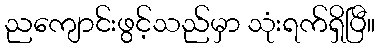
ညကျောင်းဖွင့်သည်မှာ သုံးရက်ရှိပြီ။